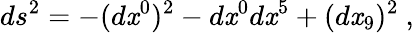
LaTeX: ds^{2}=-(d\mathit{x}^{0})^{2}-d\mathit{x}^{0}d\mathit{x}^{5}+(d\mathit{x}_{9})^{2}\ ,